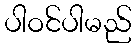
ပါဝင်ပါမည်